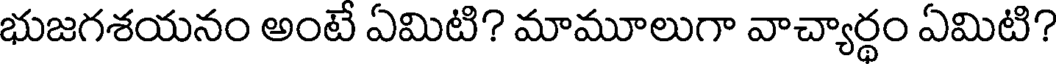
భుజగశయనం అంటే ఏమిటి? మామూలుగా వాచ్యార్థం ఏమిటి?